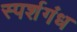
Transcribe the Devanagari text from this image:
स्पर्शगंध